Trukikaitis_Postimees, lk 82
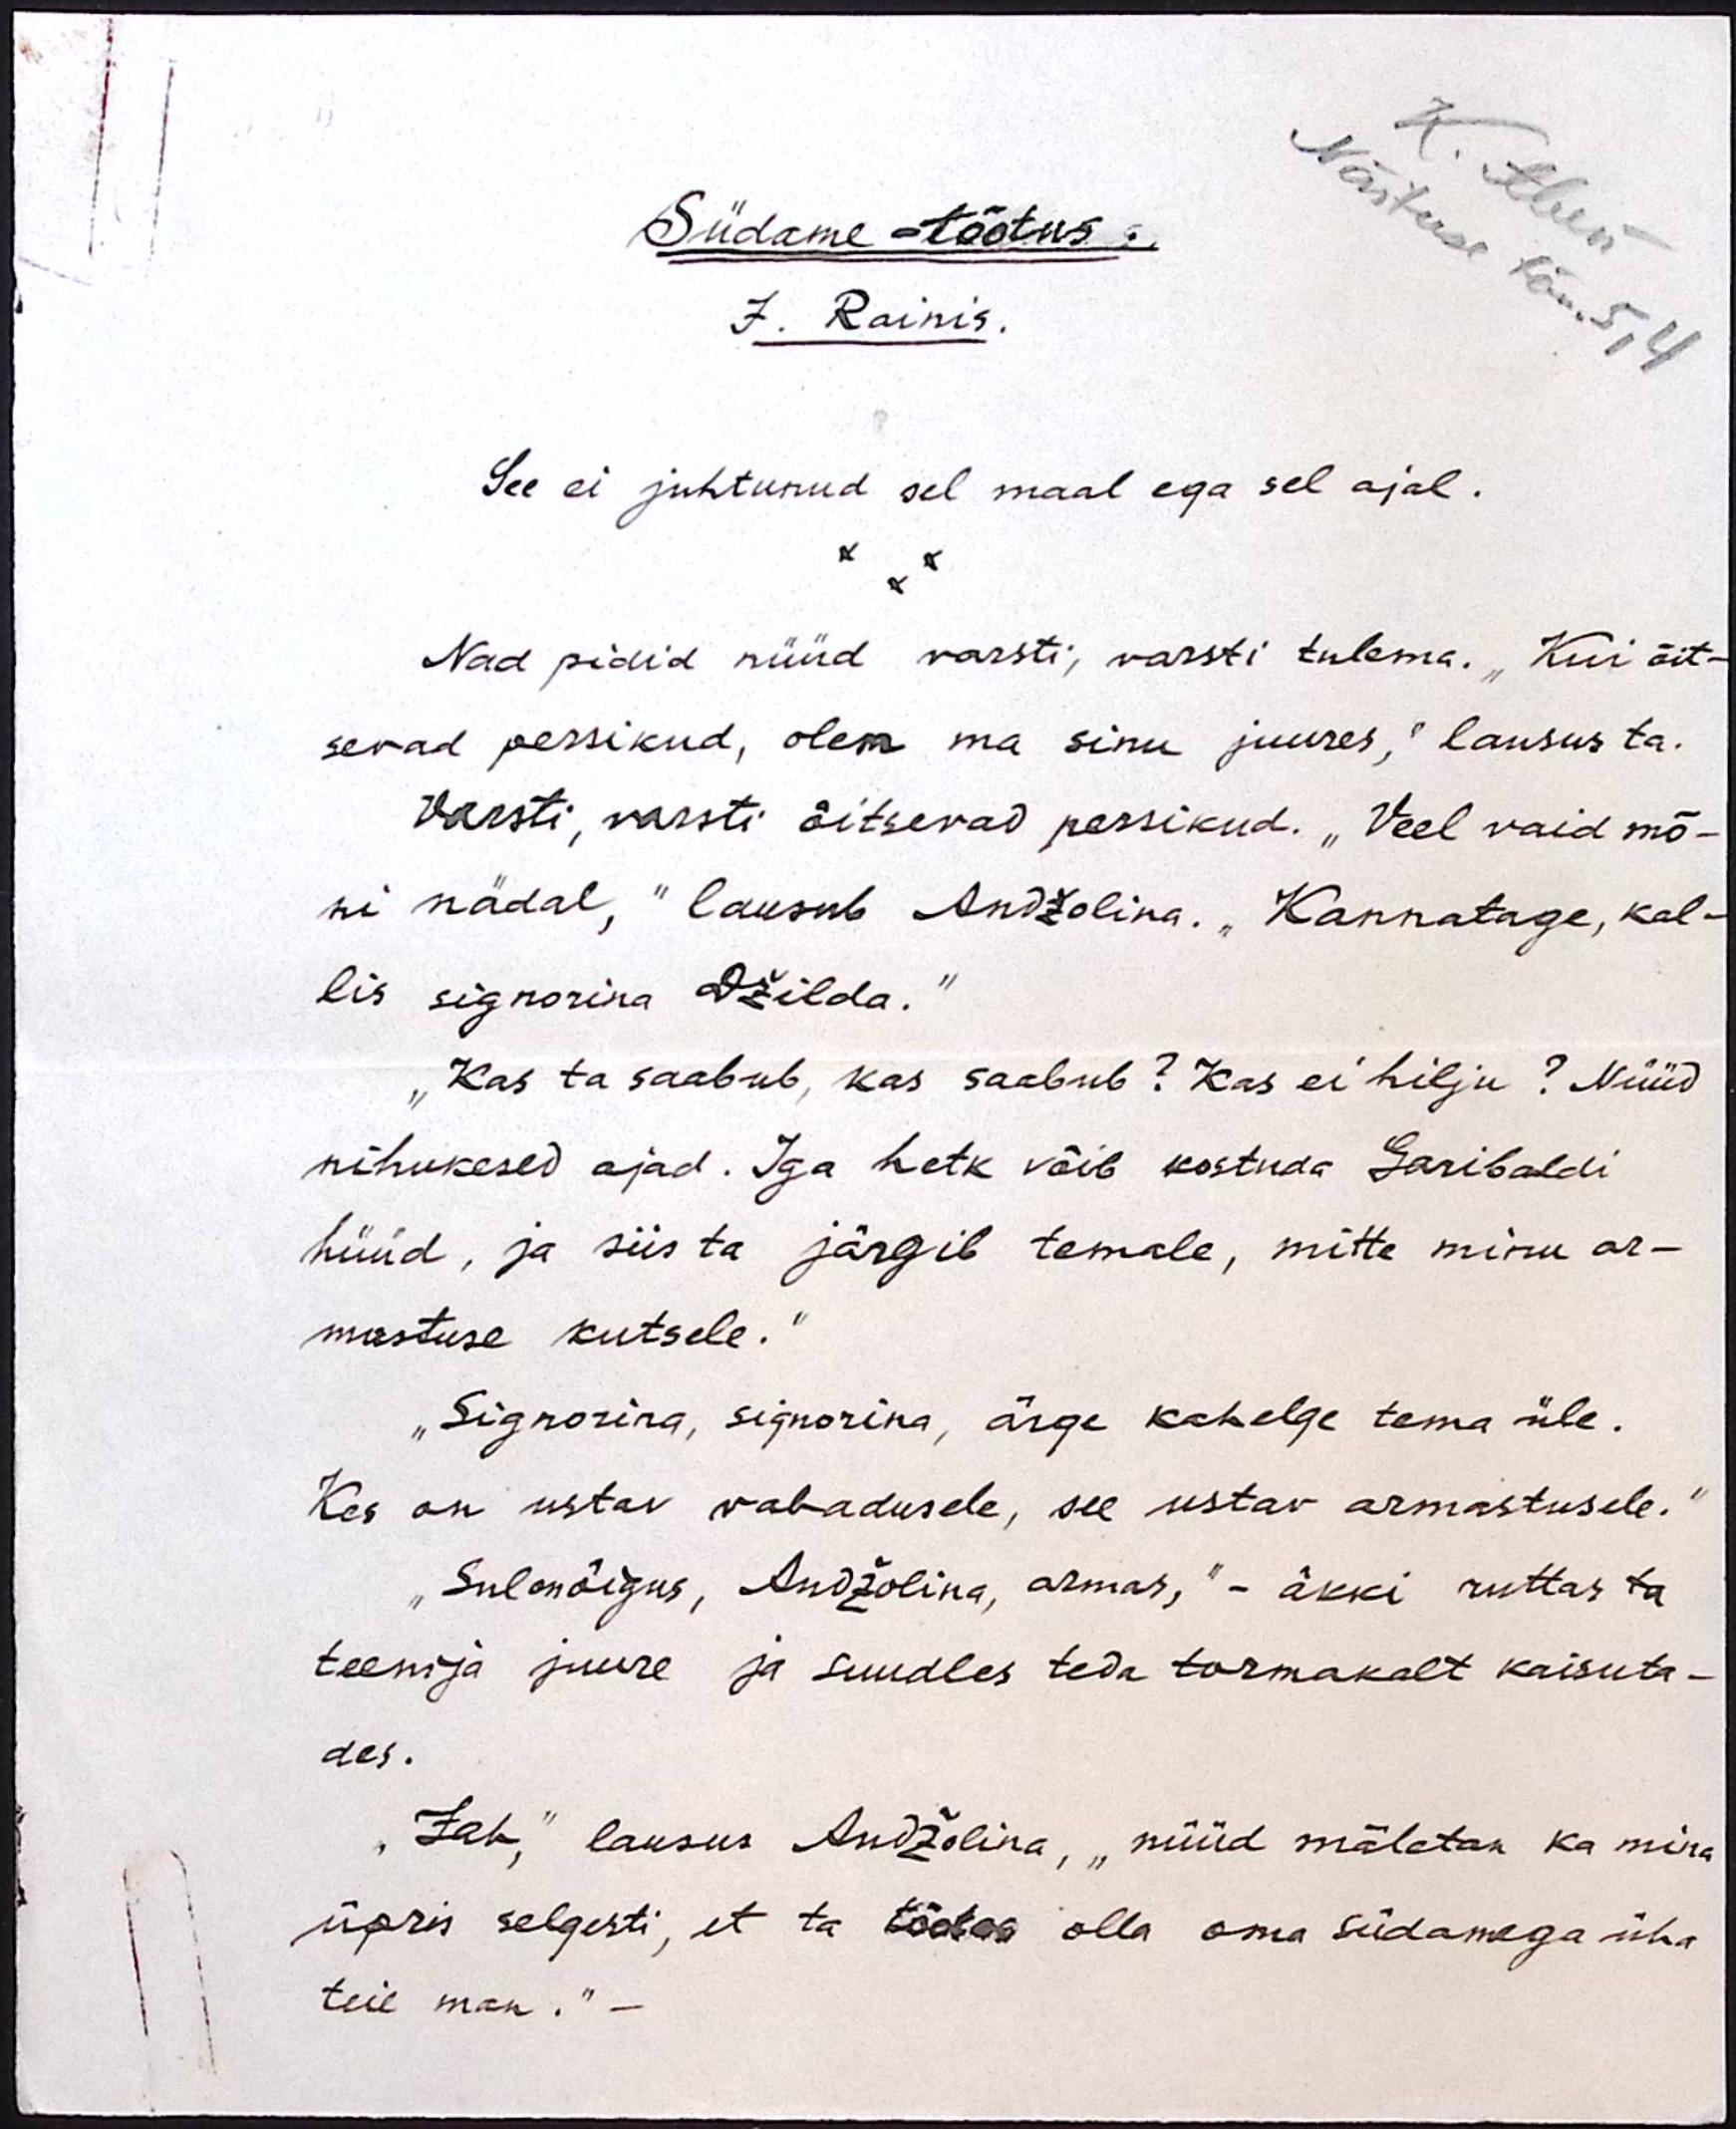
K. Aben
Näituse tän. 5, 4

Südame-tõotus.
J. Rainis.
See ei juhtunud sel maal ega sel ajal.
Nad pidid nüüd varsti, varsti tulema. "Kui õit-
sevad persikud, olen ma sinu juures," lausus ta.
Varsti, varsti õitsevad persikud. "Veel vaid mõ-
ni nädal," lausub Andžolina. "Kannatage, kal-
lis signorina Džilda."
„Kas ta saabub, kas saabub? Kas ei hilju? Nüüd
nihukesed ajad. Iga hetk võib kostuda Garibaldi
hüüd, ja siis ta järgib temale, mitte minu ar-
mastuse kutsele."
"Signorina, signorina, ärge kahelge tema üle.
Kes on ustav vabadusele, see ustav armastusele."
"Sul on õigus, Andžolina, armas," - äkki ruttas ta
teenija juure ja suudles teda tormakalt kaisuta-
des.
"Jah," lausus Andžolina, "nüüd mäletan ka mina
üpris selgesti, et ta tõotas olla oma südamaga üha
teie man.“ -